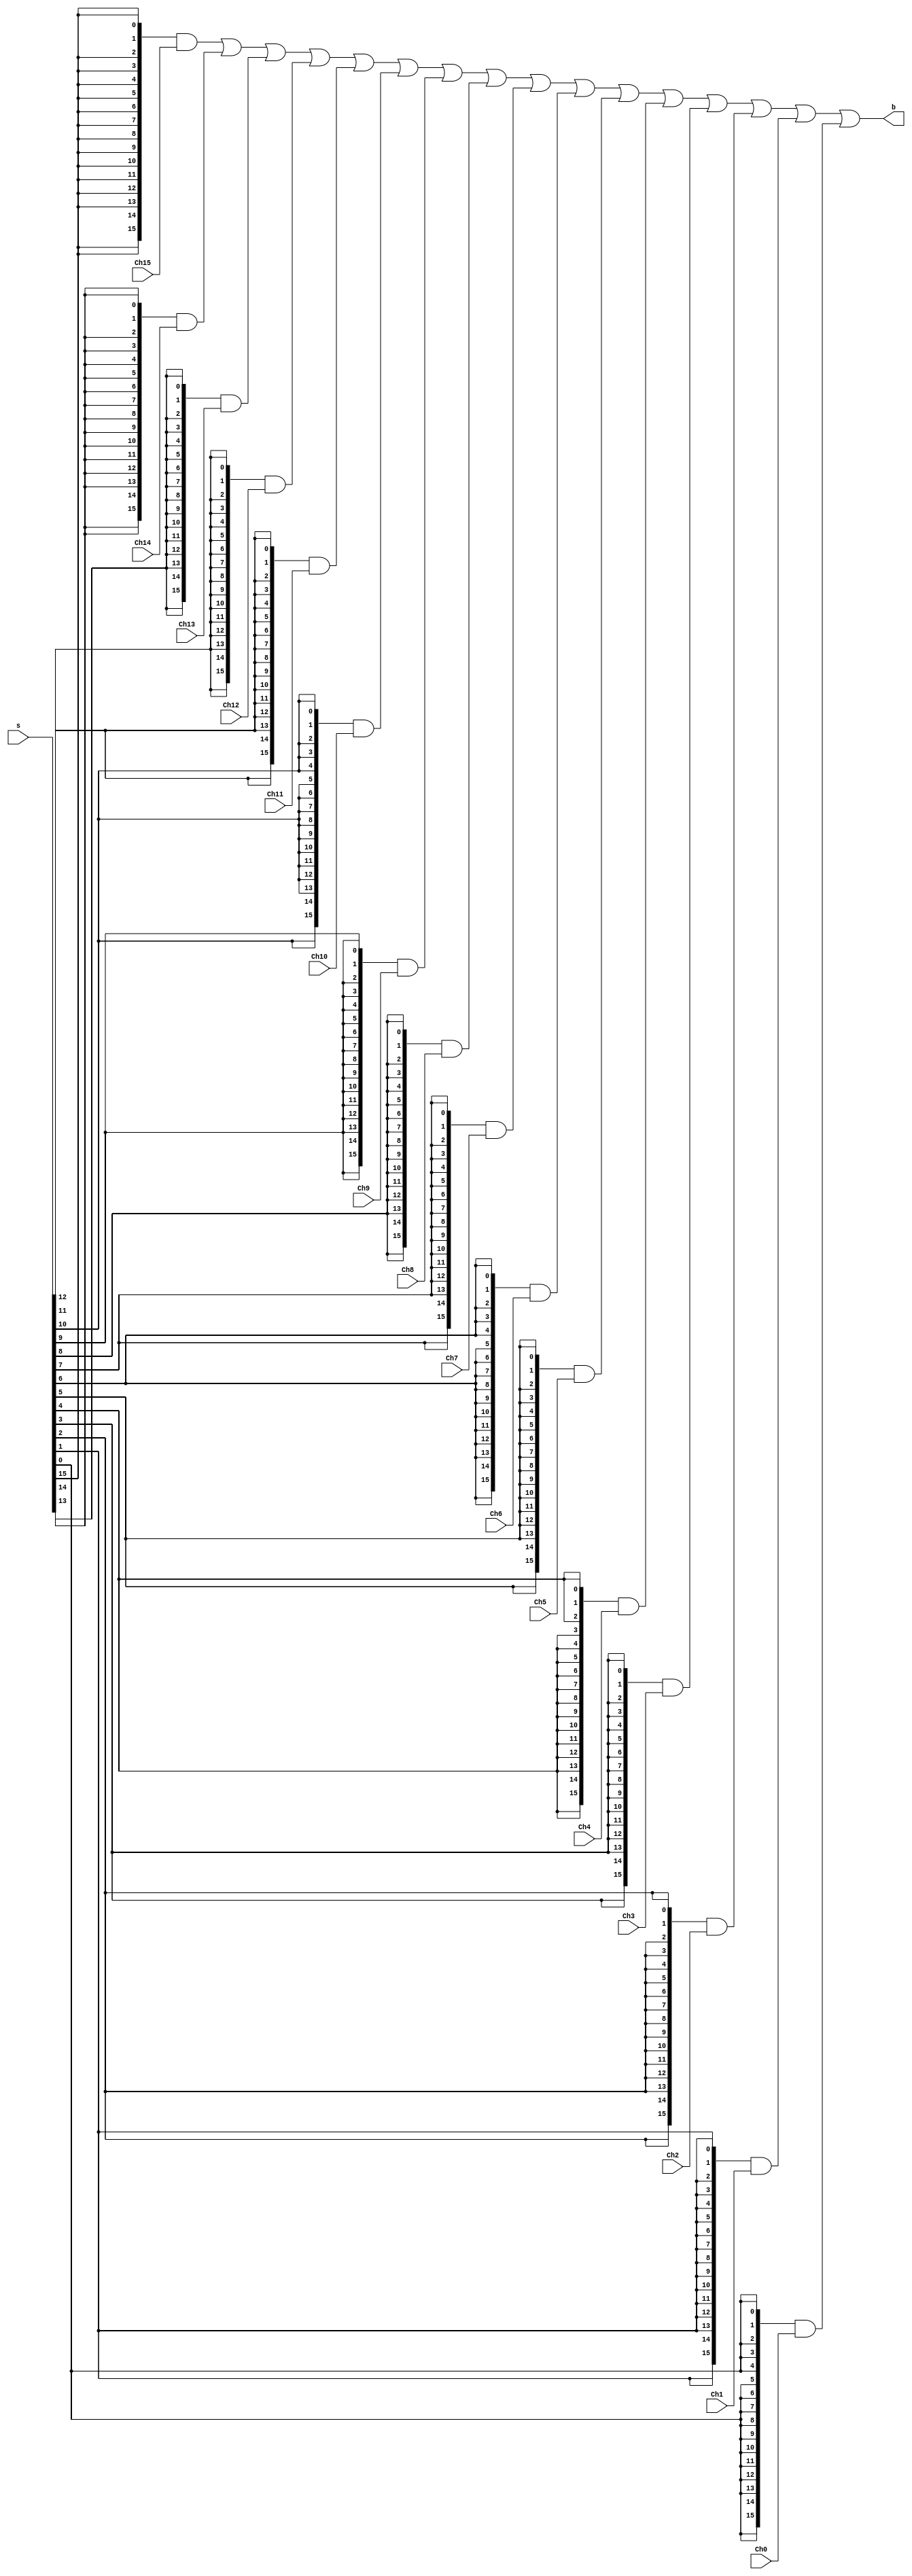
module Multiplexer(Ch15,Ch14,Ch13,Ch12,Ch11,Ch10,Ch9,Ch8,Ch7,Ch6,Ch5,Ch4,Ch3,Ch2, Ch1, Ch0, s, b);
  parameter bus_size = 16 ;
  input [bus_size-1:0] Ch15,Ch14,Ch13,Ch12,Ch11,Ch10,Ch9,Ch8,Ch7,Ch6,Ch5,Ch4,Ch3,Ch2, Ch1, Ch0 ;  // inputs
  input [15:0] s ; // one-hot select
  output[bus_size-1:0] b ;
  assign b = 
  ({bus_size{s[15]}} & Ch15) | 
  ({bus_size{s[14]}} & Ch14) | 
  ({bus_size{s[13]}} & Ch13) | 
  ({bus_size{s[12]}} & Ch12) |   
  ({bus_size{s[11]}} & Ch11) |   
  ({bus_size{s[10]}} & Ch10) | 
  ({bus_size{s[9]}} & Ch9) |
  ({bus_size{s[8]}} & Ch8) |
  ({bus_size{s[7]}} & Ch7) | 
  ({bus_size{s[6]}} & Ch6) | 
  ({bus_size{s[5]}} & Ch5) | 
  ({bus_size{s[4]}} & Ch4) |   
  ({bus_size{s[3]}} & Ch3) |   
  ({bus_size{s[2]}} & Ch2) | 
  ({bus_size{s[1]}} & Ch1) |
  ({bus_size{s[0]}} & Ch0) ;
endmodule // Mux16Channel

module testBench;
reg[15:0] channelTest1, channelTest2, selectorBit1, selectorBit2; 
wire[15:0] outMultiplexer1, outMultiplexer2;
Multiplexer mux1(channelTest1, channelTest1, channelTest1, channelTest1, channelTest1, channelTest1, channelTest1, 
channelTest1, channelTest1, channelTest1, channelTest1, channelTest1, channelTest1, channelTest1, channelTest1, channelTest2, selectorBit1, outMultiplexer1);
Multiplexer mux2(channelTest1, channelTest1, channelTest1, channelTest1, channelTest1, channelTest1, channelTest1, 
channelTest1, channelTest1, channelTest1, channelTest1, channelTest1, channelTest1, channelTest1, channelTest1, channelTest2, selectorBit2, outMultiplexer2);

  initial 
    begin
    channelTest1 = 16'b000000010000000;
    channelTest2 = 16'b000000000000010;
    selectorBit1 = 16'b1000000000000000;
    selectorBit2 = 16'b0000000000000001;
    #10
      $display("Testing of 16 bit multiplexer");
      $display("output is    %b", outMultiplexer1);
      $display("output is    %b", outMultiplexer2);

      $finish ;
    end

endmodule